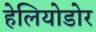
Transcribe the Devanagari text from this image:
हेलियोडोर